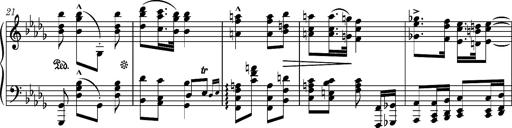
Title: Ungarische Nationalmelodien, S.243
Composer: Franz Liszt